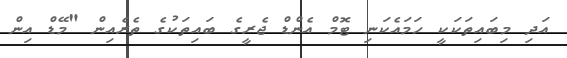
އަދި މިބައިތަކަކީ ހަމައެކަނި ޓޮމް އެންޑް ޖެރީގެ ބައިތަކުގެ ތެރެއިން "މޭޑް އިން